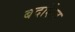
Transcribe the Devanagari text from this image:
बदर्शित